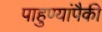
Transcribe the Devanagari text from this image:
पाहुण्यांपैकी